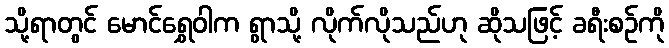
သို့ရာတွင် မောင်ရွှေဝါက ရွာသို့ လိုက်လိုသည်ဟု ဆိုသဖြင့် ခရီးစဉ်ကို